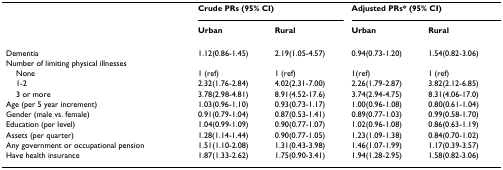
<table><thead><tr><td></td><td colspan="2"><b>Crude PRs (95% CI)</b></td><td colspan="2"><b>Adjusted PRs* (95% CI)</b></td></tr><tr><td></td><td><b>Urban</b></td><td><b>Rural</b></td><td><b>Urban</b></td><td><b>Rural</b></td></tr></thead><tbody><tr><td>Dementia</td><td>1.12(0.86-1.45)</td><td>2.19(1.05-4.57)</td><td>0.94(0.73-1.20)</td><td>1.54(0.82-3.06)</td></tr><tr><td>Number of limiting physical illnesses</td><td></td><td></td><td></td><td></td></tr><tr><td> None</td><td>1 (ref)</td><td>1 (ref)</td><td>1(ref)</td><td>1 (ref)</td></tr><tr><td> 1-2</td><td>2.32(1.76-2.84)</td><td>4.02(2.31-7.00)</td><td>2.26(1.79-2.87)</td><td>3.82(2.12-6.85)</td></tr><tr><td> 3 or more</td><td>3.78(2.98-4.81)</td><td>8.91(4.52-17.6)</td><td>3.74(2.94-4.75)</td><td>8.31(4.06-17.0)</td></tr><tr><td>Age (per 5 year increment)</td><td>1.03(0.96-1.10)</td><td>0.93(0.73-1.17)</td><td>1.00(0.96-1.08)</td><td>0.80(0.61-1.04)</td></tr><tr><td>Gender (male vs. female)</td><td>0.91(0.79-1.04)</td><td>0.87(0.53-1.41)</td><td>0.89(0.77-1.03)</td><td>0.99(0.58-1.70)</td></tr><tr><td>Education (per level)</td><td>1.04(0.99-1.09)</td><td>0.90(0.77-1.07)</td><td>1.02(0.96-1.08)</td><td>0.86(0.63-1.19)</td></tr><tr><td>Assets (per quarter)</td><td>1.28(1.14-1.44)</td><td>0.90(0.77-1.05)</td><td>1.23(1.09-1.38)</td><td>0.84(0.70-1.02)</td></tr><tr><td>Any government or occupational pension</td><td>1.51(1.10-2.08)</td><td>1.31(0.43-3.98)</td><td>1.46(1.07-1.99)</td><td>1.17(0.39-3.57)</td></tr><tr><td>Have health insurance</td><td>1.87(1.33-2.62)</td><td>1.75(0.90-3.41)</td><td>1.94(1.28-2.95)</td><td>1.58(0.82-3.06)</td></tr></tbody></table>